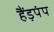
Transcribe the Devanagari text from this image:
हैंड़पंप